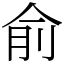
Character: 俞